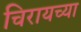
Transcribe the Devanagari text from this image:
चिरायच्या